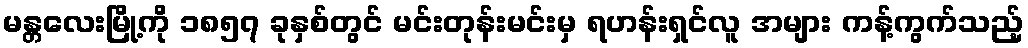
မန္တလေးမြို့ကို ၁၈၅၇ ခုနှစ်တွင် မင်းတုန်းမင်းမှ ရဟန်းရှင်လူ အများ ကန့်ကွက်သည့်